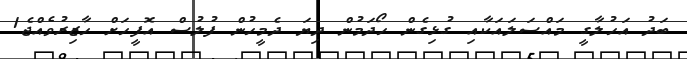
ބަދު އަހުލާގީ މައްސަލައަކާއި ގުޅިގެން ހޯދަމުން ދިޔަ ދެމީހުން ފުލުސް އޮފީހަށް ހާޒިރުވެއްޖެ1